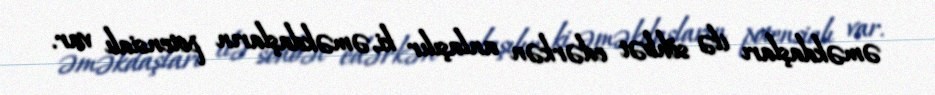
əməkdaşları ilə söhbət edərkən anlaşılır ki, əməkdaşların potensialı var.